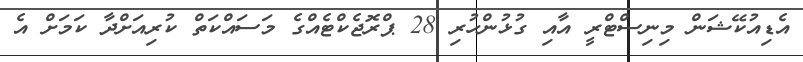
އެޑިއުކޭޝަން މިނިސްޓްރީ އާއި ގުޅުންހުރި 28 ޕްރޮޖެކްޓެއްގެ މަސައްކަތް ކުރިއަށްދާ ކަމަށް އެ